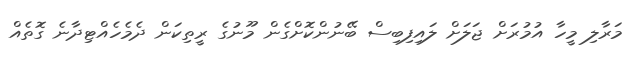
މަރާލި މީހާ އުމުރަށް ޖަލަށް ލައިފިބިސް ބޭނުންކޮށްގެން މޫނުގެ ރީތިކަން ދެމެހެއްޓިދާނެ ގޮތެއް